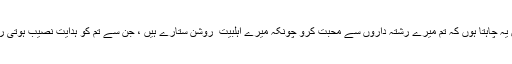
بلکہ میں یہ چاہتا ہوں کہ تم میرے رشتہ داروں سے محبت کرو چونکہ میرے اہلبیت ؑ روشن ستارے ہیں ، جن سے تم کو ہدایت نصیب ہوتی رہے گی۔